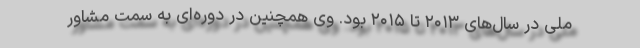
ملی در سال‌های ۲۰۱۳ تا ۲۰۱۵ بود. وی همچنین در دوره‌ای به سمت مشاور